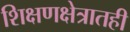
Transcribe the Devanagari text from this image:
शिक्षणक्षेत्रातही